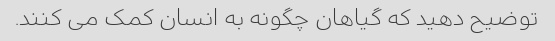
توضیح دهید که گیاهان چگونه به انسان کمک می کنند.